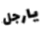
يارجل